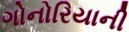
ગોનોરિયાની